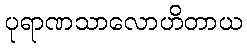
ပုရာဏသာလောဟိတာယ